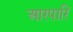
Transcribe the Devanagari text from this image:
आरपारि